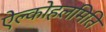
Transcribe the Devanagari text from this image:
ऐल्कोहलमिति